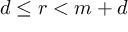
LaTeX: d \leq r < m + d